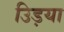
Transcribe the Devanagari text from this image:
उिड़या